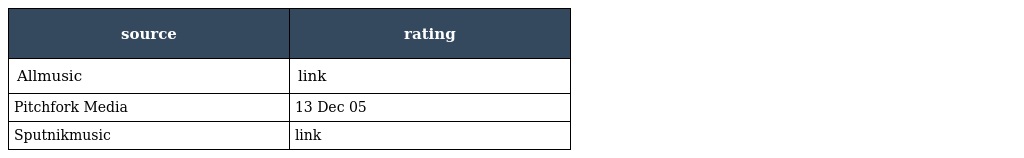
| source | rating |
 | --- | --- |
 | Allmusic | link |
 | Pitchfork Media | 13 Dec 05 |
 | Sputnikmusic | link |